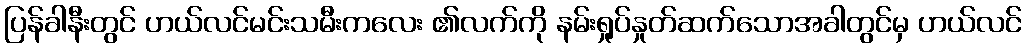
ပြန်ခါနီးတွင် ဟယ်လင်မင်းသမီးကလေး ၏လက်ကို နမ်းရှုပ်နှုတ်ဆက်သောအခါတွင်မှ ဟယ်လင်